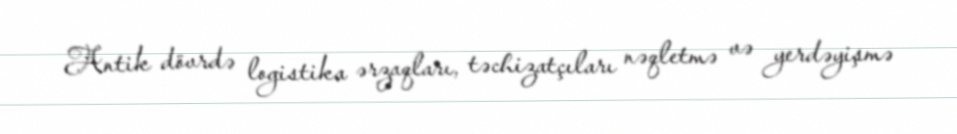
Antik dövrdə logistika ərzaqları, təchizatçıları nəqletmə və yerdəyişmə